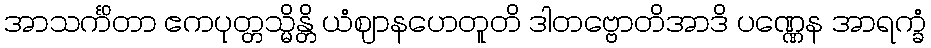
အာသင်္ကိတာ ဧကပုတ္တသ္မိန္တိ ယံဈာနဟေတူတိ ဒါတဗ္ဗောတိအာဒိ ပဏ္ဏေန အာရက္ခံ